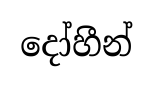
දෝහීන්